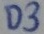
Text: D3